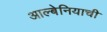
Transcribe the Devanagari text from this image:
आल्बेनियाची